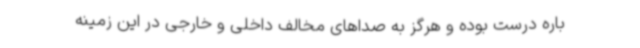
باره درست بوده و هرگز به صداهای مخالف داخلی و خارجی در این زمینه